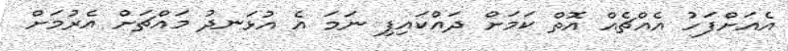
އެއަށްފަހު އެއްޗެއް އޮތް ކަމަށް ދައްކައިފި ނަމަ އެ އުޅަނދު މައްޗަށް އެރުމަށް